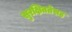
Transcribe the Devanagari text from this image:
सुरक्षिततेसह